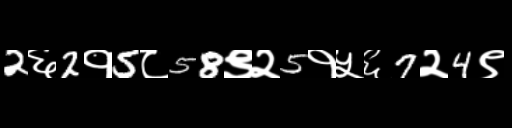
Text: 2६2१5८58९२5१५६7२4९